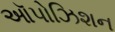
ઑપોઝિશન